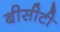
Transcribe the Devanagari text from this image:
बीसीटी